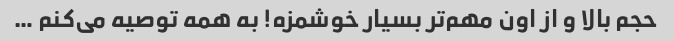
حجم بالا و از اون مهم‌تر بسیار خوشمزه! به همه توصیه می‌کنم …